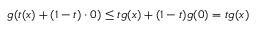
g ( t ( x ) + ( 1 - t ) \cdot 0 ) \leq t g ( x ) + ( 1 - t ) g ( 0 ) = t g ( x )